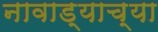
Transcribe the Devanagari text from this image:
नावाड्याच्या